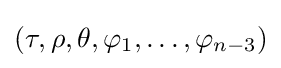
(\tau ,\rho ,\theta ,\varphi _{1},\ldots ,\varphi _{n-3})